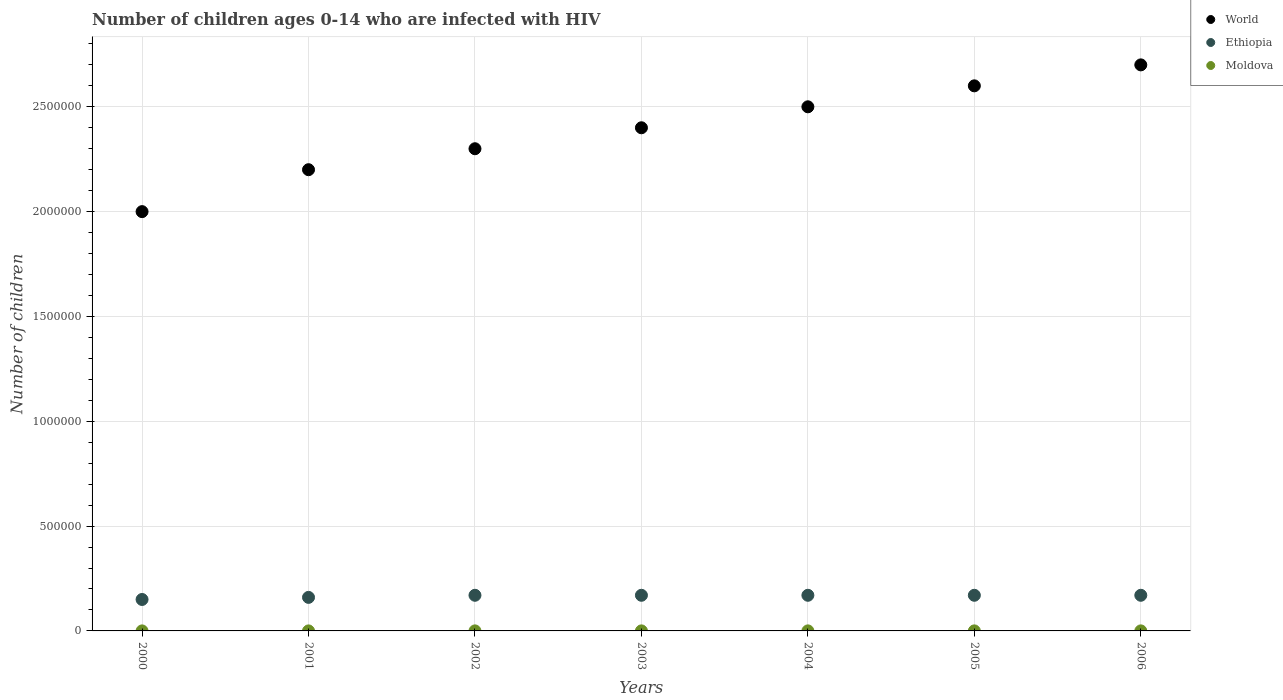
| Years | World | Ethiopia | Moldova |
 | --- | --- | --- | --- |
 | 2000 | 2e+06 | 1.5e+05 | 100 |
 | 2001 | 2.2e+06 | 1.6e+05 | 100 |
 | 2002 | 2.3e+06 | 1.7e+05 | 200 |
 | 2003 | 2.4e+06 | 1.7e+05 | 200 |
 | 2004 | 2.5e+06 | 1.7e+05 | 200 |
 | 2005 | 2.6e+06 | 1.7e+05 | 200 |
 | 2006 | 2.7e+06 | 1.7e+05 | 200 |